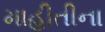
માહીતીના